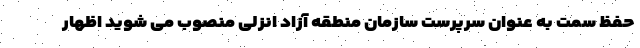
حفظ سمت به عنوان سرپرست سازمان منطقه آزاد انزلی منصوب می شوید اظهار